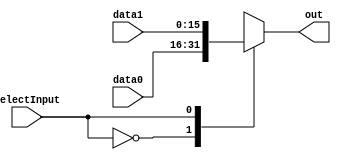
module mux_16_2(data0, data1, selectInput, out);

	output reg [15:0] out;
	
	input  [15:0] data0, data1;
	input  selectInput;
	
	always@(*) begin
		case(selectInput)
			0: out = data0;
			1: out = data1;
		endcase
	end
	
endmodule